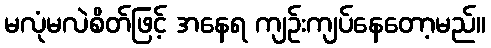
မလုံမလဲစိတ်ဖြင့် အနေရ ကျဉ်းကျပ်နေတော့မည်။